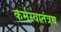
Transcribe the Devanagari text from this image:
कर्मस्वातंत्रय